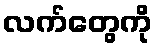
လက်တွေကို